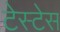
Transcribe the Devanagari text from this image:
टेस्टेस